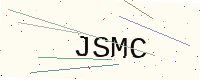
Text: JSMC